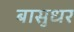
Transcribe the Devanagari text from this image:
बासुधर